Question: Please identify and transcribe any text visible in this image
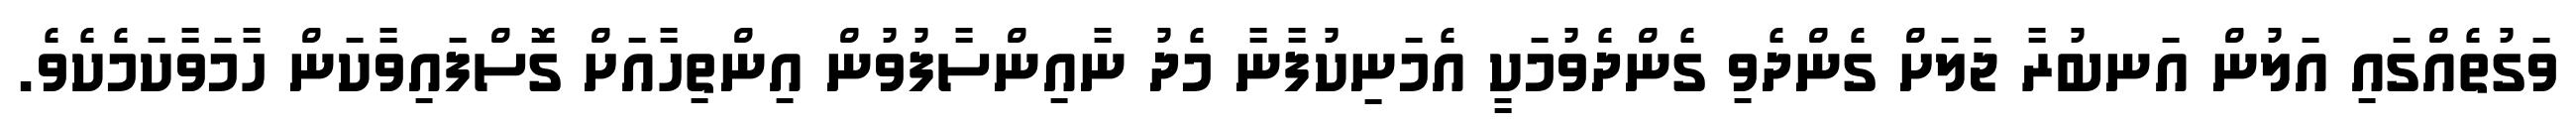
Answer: ވަގުތެއްގައި އަލުން އަނބުރާ ޖަލަށް ގެންދެވި ގެންދެވުމަކީ އެމަނިކުފާނާ މެދު ނާއިންސާފުވުން އިންތިހާއަށް ގޮސްފައިވާކަން ހާމަވާކަމެކެވެ.